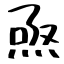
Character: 焏